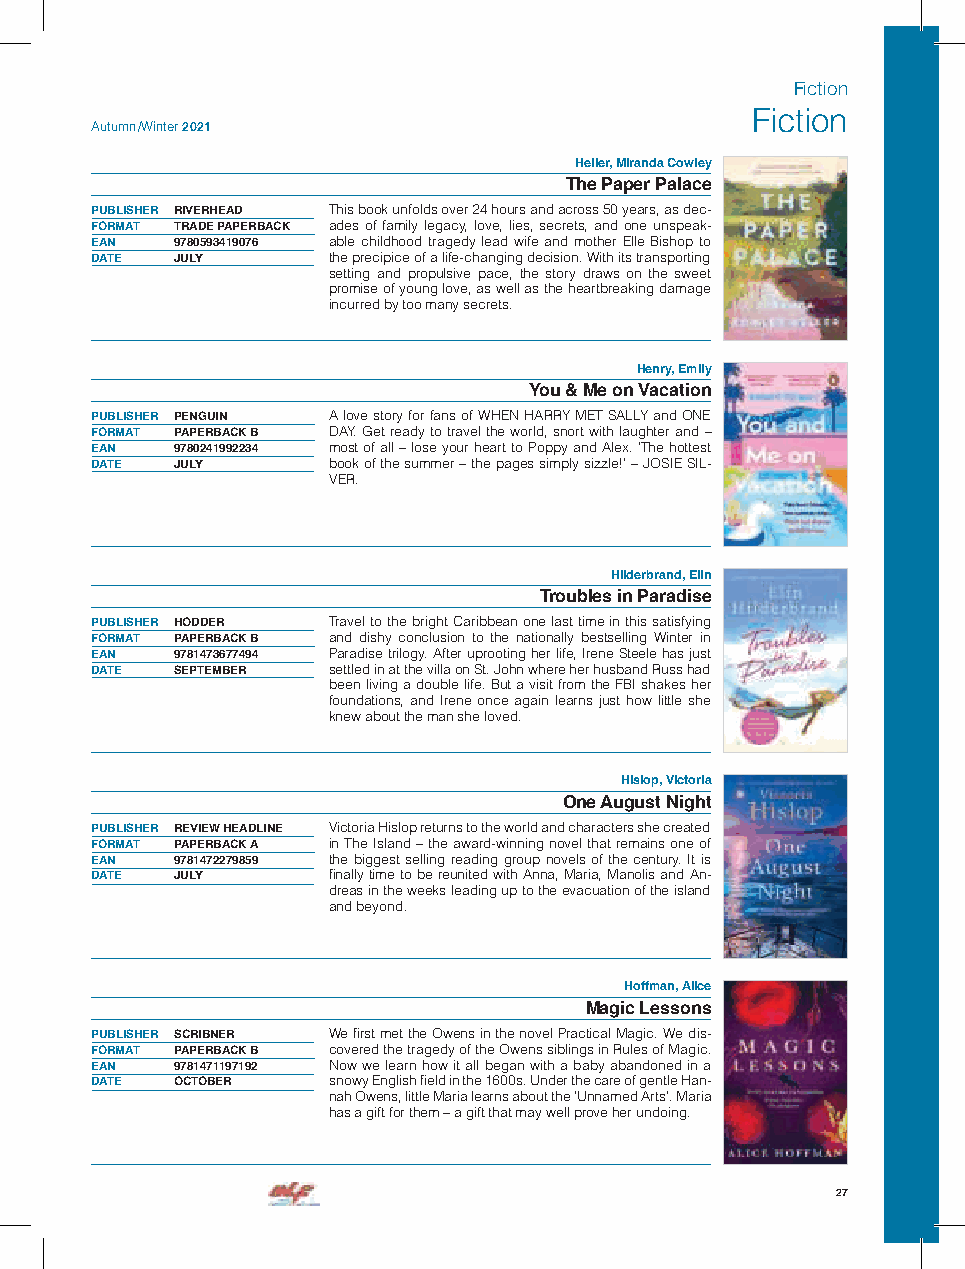
Fiction
 Fiction
 Autumn /Winter 2021
 Heller, Miranda Cowley
 The Paper Palace
 PUBLISHER RIVERHEAD This book unfolds over 24 hours and across 50 years, as dec-
 FORMAT TRADE PAPERBACK ades of family legacy, love, lies, secrets, and one unspeak-
 EAN  9780593419076 able childhood tragedy lead wife and mother Elle Bishop to
 DATE JULY       the precipice of a life-changing decision. With its transporting
 setting and propulsive pace, the story draws on the sweet
 promise of young love, as well as the heartbreaking damage
 incurred by too many secrets.
 Henry, Emily
 You & Me on Vacation
 PUBLISHER PENGUIN A love story for fans of WHEN HARRY MET SALLY and ONE
 FORMAT PAPERBACK B DAY. Get ready to travel the world, snort with laughter and –
 EAN  9780241992234 most of all – lose your heart to Poppy and Alex. ’The hottest
 DATE JULY       book of the summer – the pages simply sizzle!’ – JOSIE SIL-
 VER.
 Hilderbrand, Elin
 Troubles in Paradise
 PUBLISHER HODDER Travel to the bright Caribbean one last time in this satisfying
 FORMAT PAPERBACK B and dishy conclusion to the nationally bestselling Winter in
 EAN  9781473677494 Paradise trilogy. After uprooting her life, Irene Steele has just
 DATE SEPTEMBER  settled in at the villa on St. John where her husband Russ had
 been living a double life. But a visit from the FBI shakes her
 foundations, and Irene once again learns just how little she
 knew about the man she loved.
 Hislop, Victoria
 One August Night
 PUBLISHER REVIEW HEADLINE Victoria Hislop returns to the world and characters she created
 FORMAT PAPERBACK A in The Island – the award-winning novel that remains one of
 EAN  9781472279859 the biggest selling reading group novels of the century. It is
 DATE JULY       finally time to be reunited with Anna, Maria, Manolis and An-
 dreas in the weeks leading up to the evacuation of the island
 and beyond.
 Hoffman, Alice
 Magic Lessons
 PUBLISHER SCRIBNER We first met the Owens in the novel Practical Magic. We dis-
 FORMAT PAPERBACK B covered the tragedy of the Owens siblings in Rules of Magic.
 EAN  9781471197192 Now we learn how it all began with a baby abandoned in a
 DATE OCTOBER    snowy English field in the 1600s. Under the care of gentle Han-
 nah Owens, little Maria learns about the ’Unnamed Arts’. Maria
 has a gift for them – a gift that may well prove her undoing.
 27